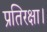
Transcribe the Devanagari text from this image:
प्रतिरक्षा।